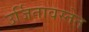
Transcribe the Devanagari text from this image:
उर्जितावस्तेत